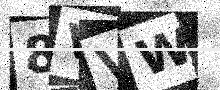
Text: 8VVW